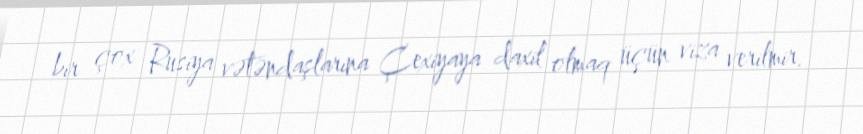
bir çox Rusiya vətəndaşlarına Çexiyaya daxil olmaq üçün viza verilmir.